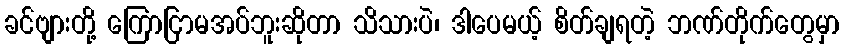
ခင်ဗျားတို့ ကြောငြာမအပ်ဘူးဆိုတာ သိသားပဲ၊ ဒါပေမယ့် စိတ်ချရတဲ့ ဘဏ်တိုက်တွေမှာ